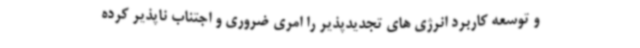
و توسعه کاربرد انرژی های تجدیدپذیر را امری ضروری و اجتناب ناپذیر کرده